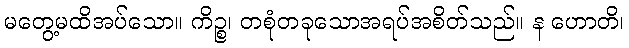
မတွေ့မထိအပ်သော။ ကိဉ္စ၊ တစုံတခုသောအရပ်အစိတ်သည်။ န ဟောတိ၊